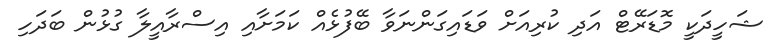
ޝަހީދަކީ މޮޑަރޭޓް އަދި ކުރިއަށް ވަޑައިގަންނަވާ ބޭފުޅެއް ކަމަށާއި އިސްރާއީލާ ގުޅުން ބަދަހި